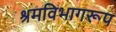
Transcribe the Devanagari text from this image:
श्रमविभागरूप